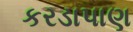
કરડાપાણ